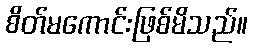
စိတ်မကောင်းဖြစ်မိသည်။